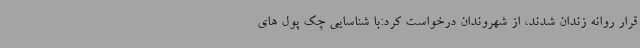
قرار روانه زندان شدند، از شهروندان درخواست کرد:با شناسایی چک پول های